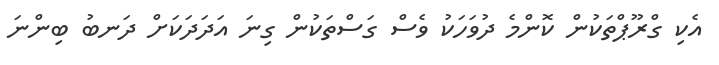
އެކި ގްރޫޕްތަކުން ކޮންމެ ދުވަހަކު ވެސް ގަސްތަކުން ގިނަ އަދަދަކަށް ދަނބު ބިންނަ